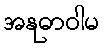
အနုဓာဝါမ